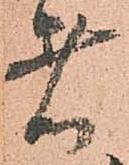
者